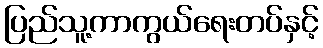
ပြည်သူ့ကာကွယ်ရေးတပ်နှင့်